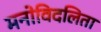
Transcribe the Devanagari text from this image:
मनोविदलिता